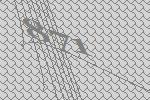
871